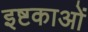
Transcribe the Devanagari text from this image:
इष्टकाओं